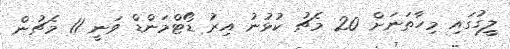
ލީގުގައި މިހާތަނަށް 20 މެޗު ކުޅުނު އިރު ޑޯޓްމަންޑް ވަނީ 11 މެޗުން